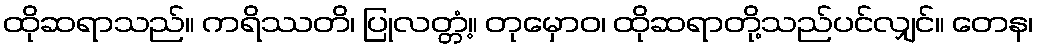
ထိုဆရာသည်။ ကရိဿတိ၊ ပြုလတ္တံ့။ တုမှောဝ၊ ထိုဆရာတို့သည်ပင်လျှင်။ တေန၊